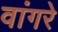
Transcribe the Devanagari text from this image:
वांगरे